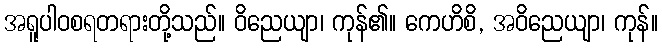
အရူပါဝစရတရားတို့သည်။ ဝိညေယျာ၊ ကုန်၏။ ကေဟိစိ, အဝိညေယျာ၊ ကုန်။